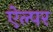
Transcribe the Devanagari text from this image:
ऐल्पर